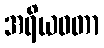
အရိယဝတာ